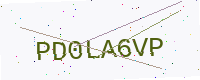
Text: PD0LA6VP